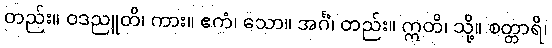
တည်း။ ဝဒညူတိ၊ ကား။ ဧကံ၊ သော။ အင်္ဂံ၊ တည်း။ ဣတိ၊ သို့။ စတ္တာရိ၊